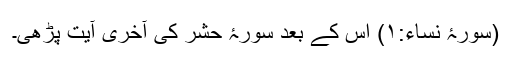
(سورۂ نساء:۱) اس کے بعد سورۂ حشر کی آخری آیت پڑھی۔